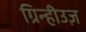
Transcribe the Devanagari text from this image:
ग्रिन्हीउज़